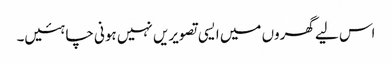
اس لیے گھروں میں ایسی تصویریں نہیں ہونی چاہئیں۔